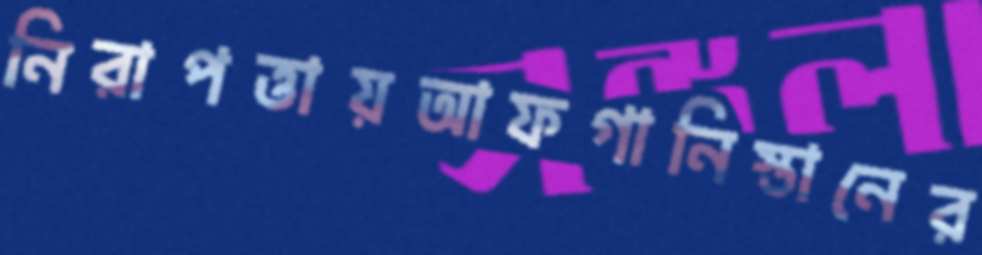
নিরাপত্তায়আফগানিস্তানের